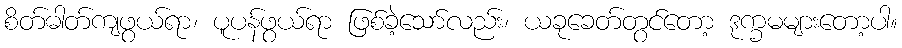
စိတ်ဓါတ်ကျဖွယ်ရာ၊ ပူပန်ဖွယ်ရာ ဖြစ်ခဲ့သော်လည်း၊ ယခုခေတ်တွင်တော့ ဒုက္ခမများတော့ပါ။